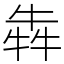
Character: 犇